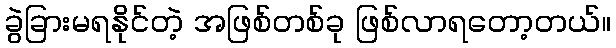
ခွဲခြားမရနိုင်တဲ့ အဖြစ်တစ်ခု ဖြစ်လာရတော့တယ်။